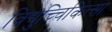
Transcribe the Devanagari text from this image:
विद्युच्चिकित्सा